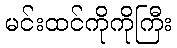
မင်းထင်ကိုကိုကြီး